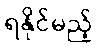
ရနိုင်မည့်